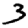
Digit: 3